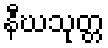
နီဃသုတ္တ